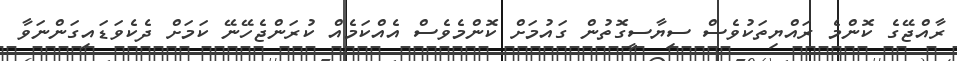
ރާއްޖޭގެ ކޮންމެ ރައްޔިތަކުވެސް ސިޔާސީގޮތުން ގައުމަށް ކޮންމެވެސް އެއްކަމެއް ކުރަންޖެހޭނޭ ކަމަށް ދެކެވަޑައިގަންނަވާ